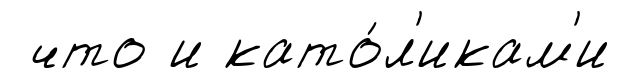
что и като́л'икам'и